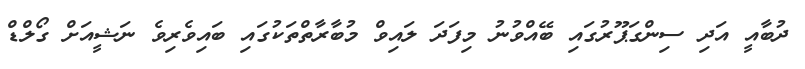
ދުބާއީ އަދި ސިންގަޕޫރުގައި ބޭއްވުނު މިފަދަ ލައިވް މުބާރާތްތަކުގައި ބައިވެރިވެ ނަޝީއަށް ގޯލްޑް